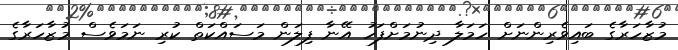
މުޒާހަރާގެ ބައިވެރިންނަށް ހަމަލާ ދިނުމަށްފަހު އޭނާ ފިލަން މަސައްކަތް ކުރި ނަމަވެސް މުޒާހަރާގެ